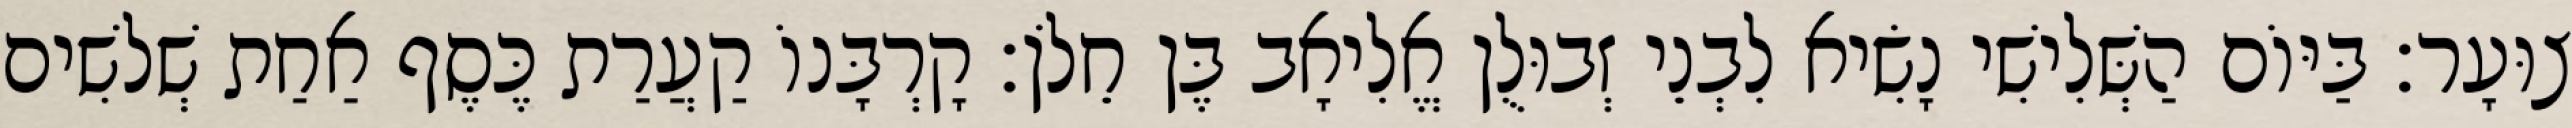
צוּעָר׃ בַּיּוֹם הַשְּׁלִישִׁי נָשִׂיא לִבְנֵי זְבוּלֻן אֱלִיאָב בֶּן חֵלֹן׃ קָרְבָּנוֹ קַעֲרַת כֶּסֶף אַחַת שְׁלשִׁים